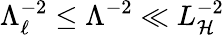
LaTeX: \Lambda_{\ell}^{-2}\le\Lambda^{-2}\ll L_{\cal H}^{-2}